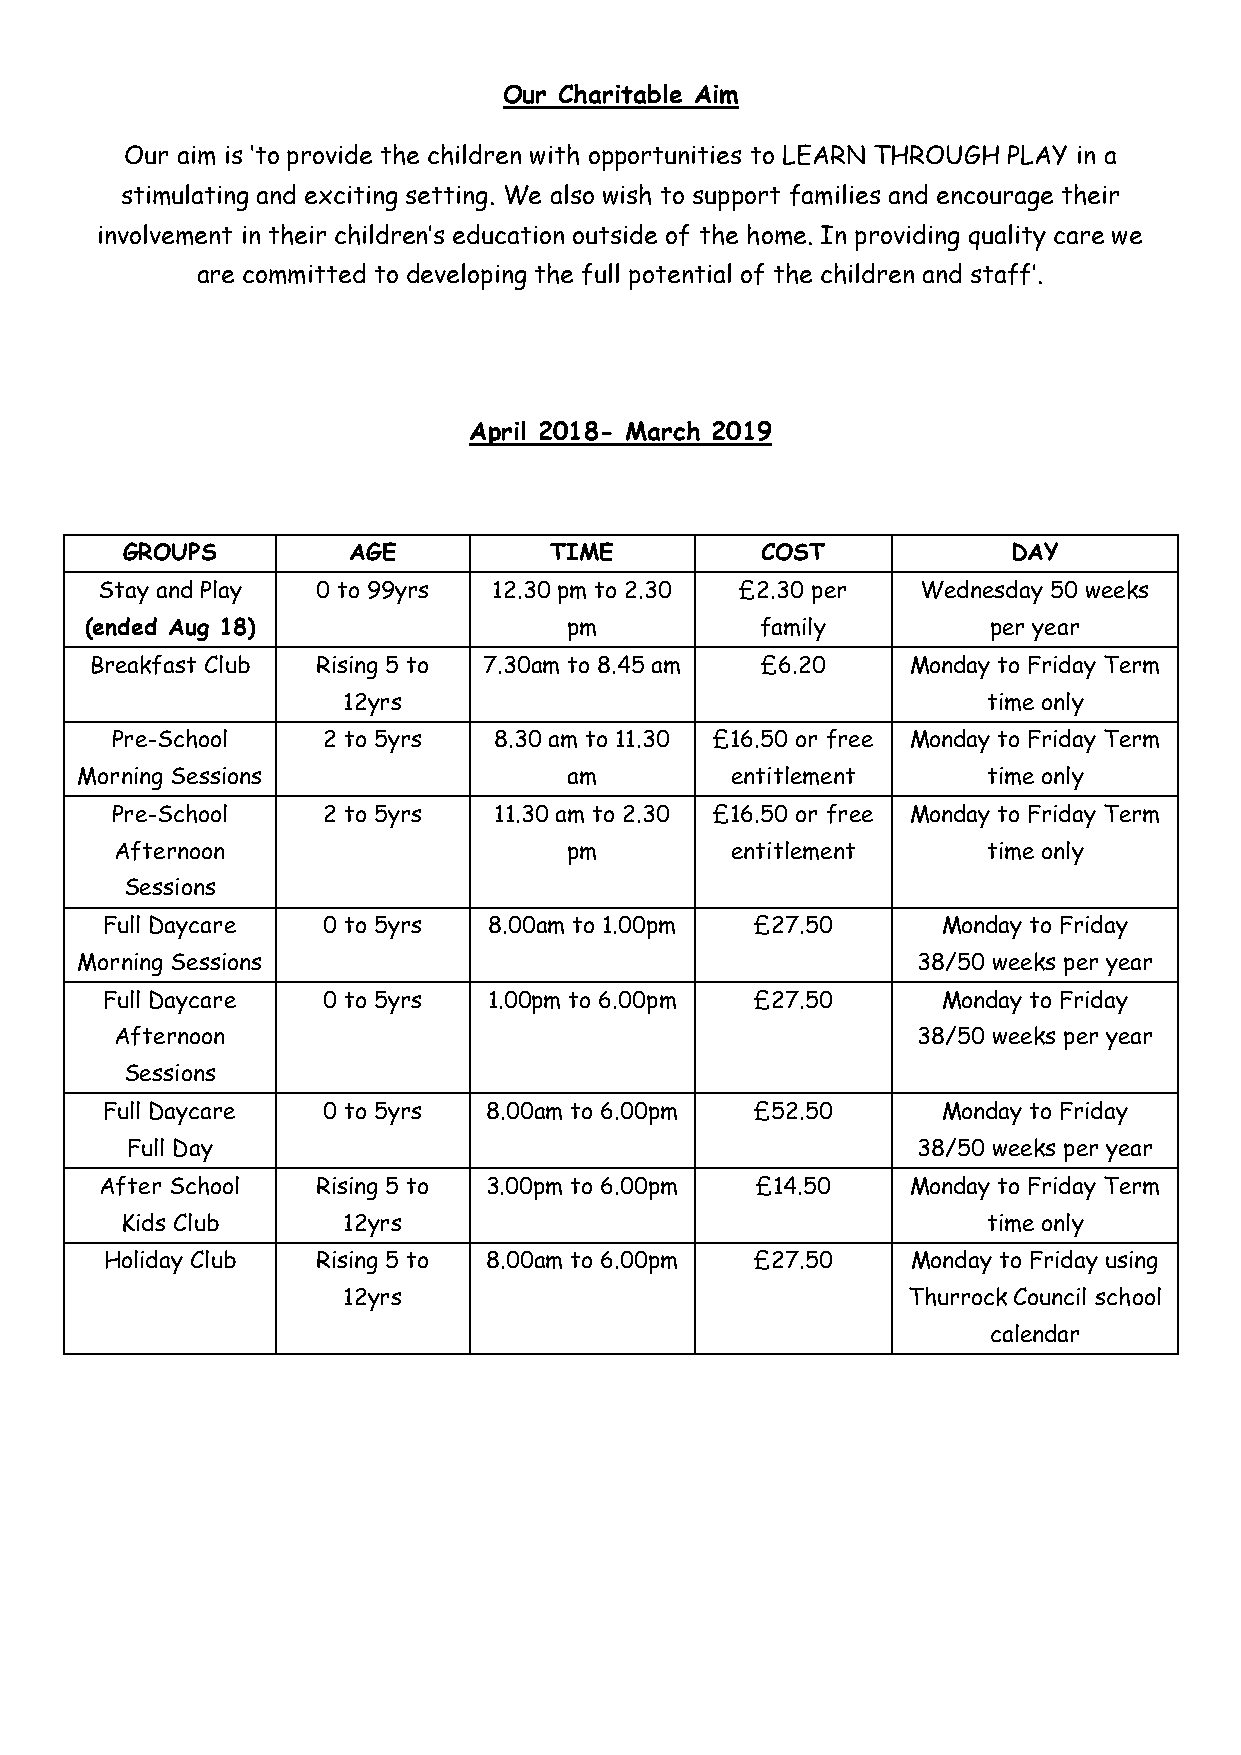
Our Charitable Aim
 Our aim is ‘to provide the children with opportunities to LEARN THROUGH PLAY in a
 stimulating and exciting setting. We also wish to support families and encourage their
 involvement in their children’s education outside of the home. In providing quality care we
 are committed to developing the full potential of the children and staff’.
 April 2018- March 2019
 GROUPS         AGE          TIME          COST             DAY
 Stay and Play  0 to 99yrs  12.30 pm to 2.30 £2.30 per  Wednesday 50 weeks
 (ended Aug 18)                 pm           family         per year
 Breakfast Club Rising 5 to 7.30am to 8.45 am £6.20    Monday to Friday Term
 12yrs                                     time only
 Pre-School    2 to 5yrs   8.30 am to 11.30 £16.50 or free Monday to Friday Term
 Morning Sessions                 am        entitlement      time only
 Pre-School    2 to 5yrs   11.30 am to 2.30 £16.50 or free Monday to Friday Term
 Afternoon                    pm         entitlement      time only
 Sessions
 Full Daycare  0 to 5yrs  8.00am to 1.00pm  £27.50      Monday to Friday
 Morning Sessions                                        38/50 weeks per year
 Full Daycare  0 to 5yrs  1.00pm to 6.00pm  £27.50      Monday to Friday
 Afternoon                                            38/50 weeks per year
 Sessions
 Full Daycare  0 to 5yrs  8.00am to 6.00pm  £52.50      Monday to Friday
 Full Day                                             38/50 weeks per year
 After School  Rising 5 to 3.00pm to 6.00pm £14.50    Monday to Friday Term
 Kids Club      12yrs                                     time only
 Holiday Club  Rising 5 to 8.00am to 6.00pm £27.50    Monday to Friday using
 12yrs                                Thurrock Council school
 calendar